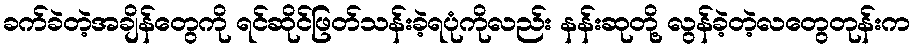
ခက်ခဲတဲ့အချိန်တွေကို ရင်ဆိုင်ဖြတ်သန်းခဲ့ရပုံကိုလည်း နန်းဆုတို့ လွန်ခဲ့တဲ့လတွေတုန်းက